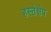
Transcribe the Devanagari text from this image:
हस्तेक्षेप